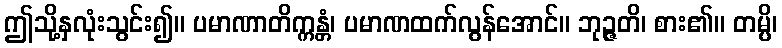
ဤသို့နှလုံးသွင်း၍။ ပမာဏာတိက္ကန္တံ၊ ပမာဏထက်လွန်အောင်။ ဘုဉ္ဇတိ၊ စား၏။ တမ္ပိ၊